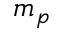
m _ { p }